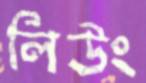
লিউং